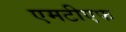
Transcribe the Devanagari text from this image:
एमटीएफ